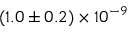
( 1 . 0 \pm 0 . 2 ) \times 1 0 ^ { - 9 }